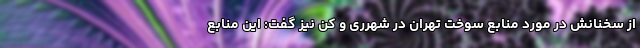
از سخنانش در مورد منابع سوخت تهران در شهرری و کن نیز گفت: این منابع